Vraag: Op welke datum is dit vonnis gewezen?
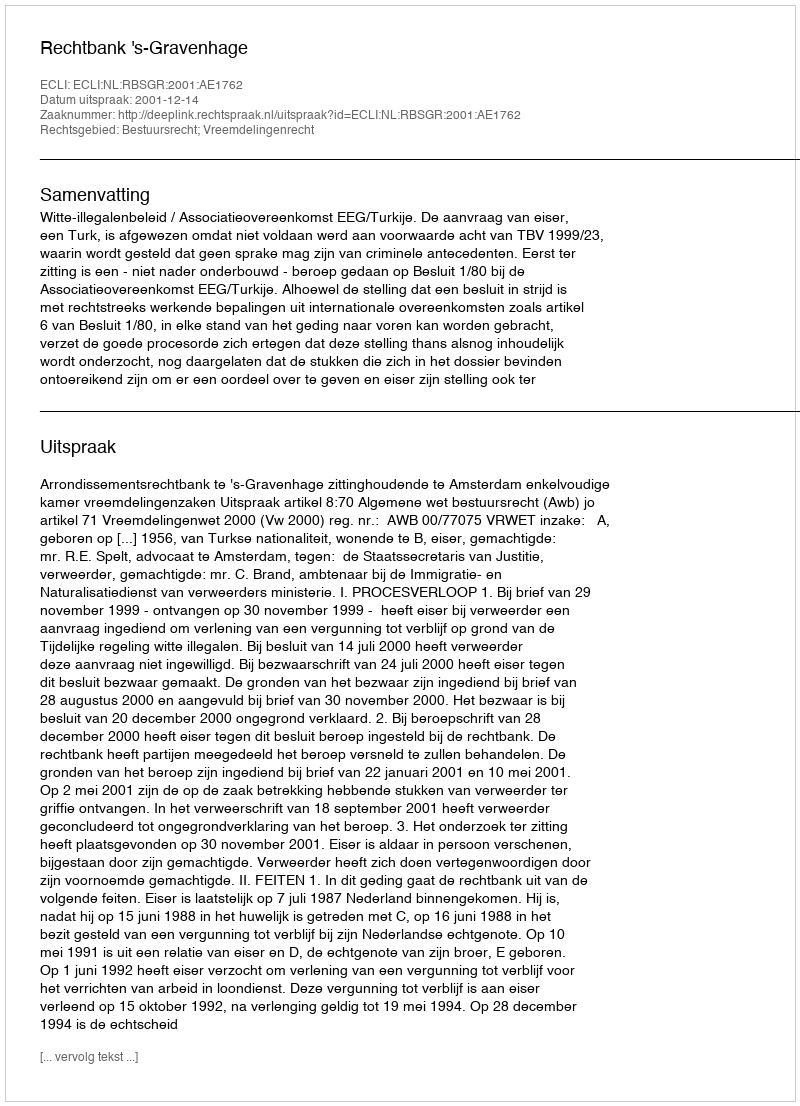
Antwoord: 2001-12-14